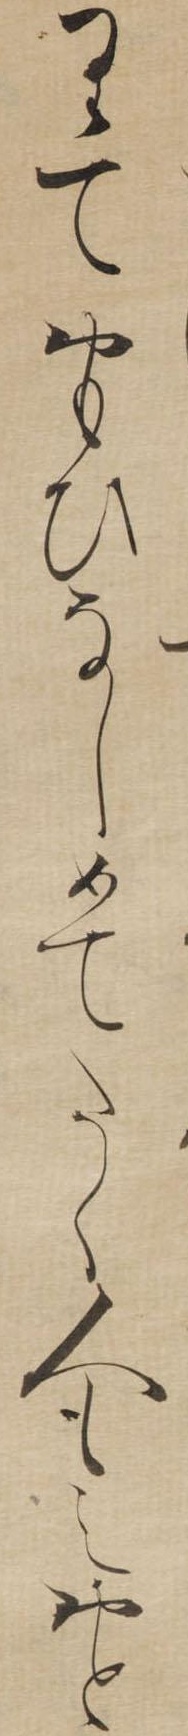
りておもひなしめてたく人もえおと